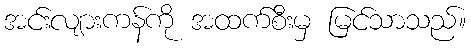
အင်းလျားကန်ကို အထက်စီးမှ မြင်သာသည်။